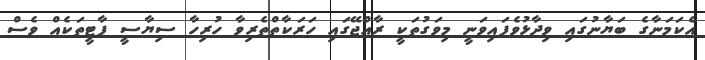
އެކަމަނާގެ ބަޔާނުގައި ވިދާޅުވެފައިވަނީ މިވަގުތަކީ ރާއްޖޭގައި ހަރަކާތްތެރިވާ ހުރިހާ ސިޔާސީ ޕާޓީތަކެއް ވެސް